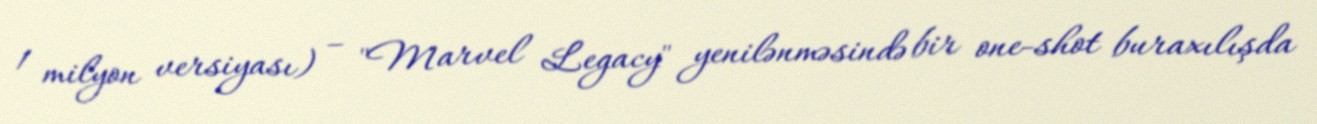
1 milyon versiyası) – "Marvel Legacy" yenilənməsində bir one-shot buraxılışda